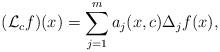
LaTeX: \begin{align*}(\mathcal{L}_c f)(x) = \sum_{j=1}^m a_j(x, c) \Delta_j f(x),\end{align*}